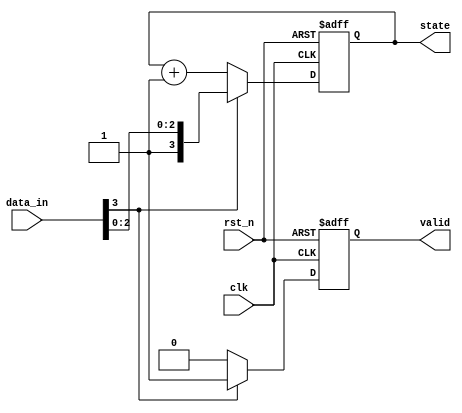
module sequential_logic (
    input wire clk,          // Clock signal
    input wire rst_n,       // Active low reset signal
    input wire [3:0] data_in, // 4-bit input data
    output reg [3:0] state, // 4-bit state register
    output reg valid        // Output signal indicating valid state
);

// State update on the positive edge of the clock
always @(posedge clk or negedge rst_n) begin
    if (!rst_n) begin
        // Synchronous reset
        state <= 4'b0000; // Initialize state to 0
        valid <= 1'b0;    // Set valid to low
    end else begin
        // Conditional logic for state updates
        if (data_in[3]) begin
            state <= data_in; // Update state with input data if MSB is high
            valid <= 1'b1;     // Set valid to high
        end else begin
            state <= state + 1; // Increment state if MSB is low
            valid <= 1'b0;       // Set valid to low
        end
    end
end

endmodule